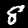
Digit: 8